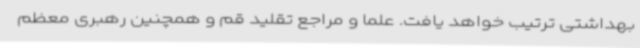
بهداشتی ترتیب خواهد یافت. علما و مراجع تقلید قم و همچنین رهبری معظم